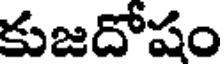
కుజదోషం